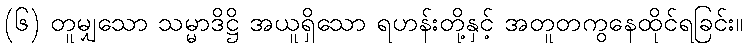
(၆) တူမျှသော သမ္မာဒိဋ္ဌိ အယူရှိသော ရဟန်းတို့နှင့် အတူတကွနေထိုင်ရခြင်း။